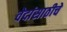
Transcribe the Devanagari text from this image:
वेदांसाठीचे